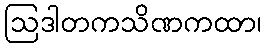
ဩဒါတကသိဏကထာ၊